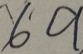
6 9